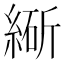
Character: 𬗩